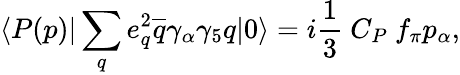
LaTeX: \langle P(p)|\sum_{q}e_{q}^{2}\overline{{{q}}}\gamma_{\alpha}\gamma_{5}q|0\rangle=i{\frac{1}{3}}~C_{P}~f_{\pi}p_{\alpha},